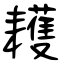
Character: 耯